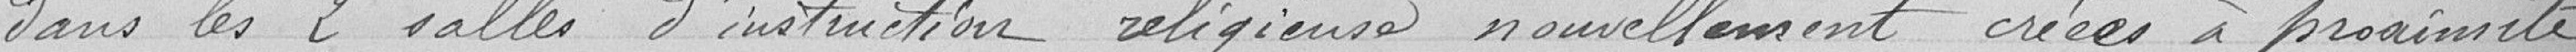
dans les 2 salles d'instruction religieuse nouvellement créées à proximité